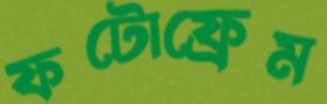
ফটোফ্রেম